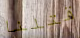
قتلنا